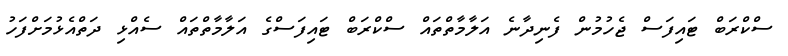
ސްކްރަބް ޓައިފަސް ޖެހުމުން ފެނިދާނެ އަލާމާތްތައް ސްކްރަބް ޓައިފަސްގެ އަލާމާތްތައް ސެއްޅި ދަތްއެޅުމަށްފަހު